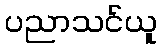
ပညာသင်ယူ